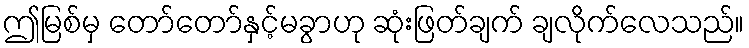
ဤမြစ်မှ တော်တော်နှင့်မခွာဟု ဆုံးဖြတ်ချက် ချလိုက်လေသည်။